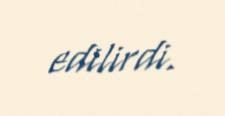
edilirdi.